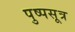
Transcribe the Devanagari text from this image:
पुष्पसूत्र